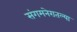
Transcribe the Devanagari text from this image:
संगमनेरातल्या